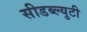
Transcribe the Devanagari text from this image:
सीडब्ल्युटी